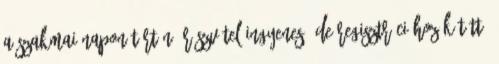
A szakmai napon történő részvétel ingyenes, de regisztrációhoz kötött.